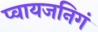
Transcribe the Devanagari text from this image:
प्वायजनिगं